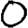
Digit: 0